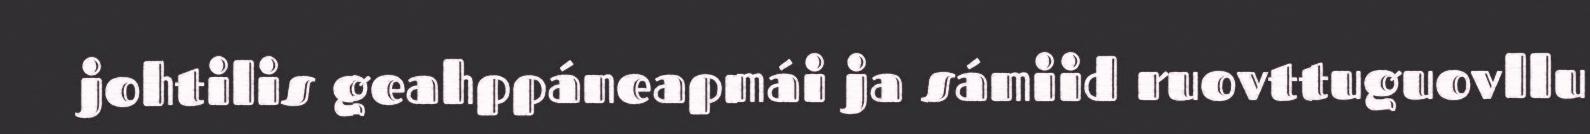
johtilis geahppáneapmái ja sámiid ruovttuguovllu